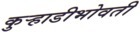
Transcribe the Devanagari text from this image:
कुर्‍हाडीभोवती